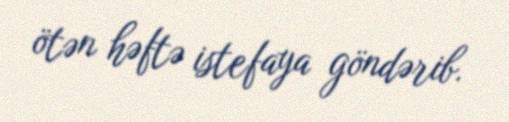
ötən həftə istefaya göndərib.